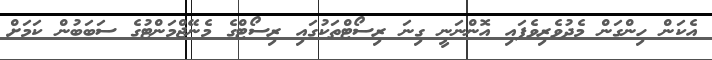
އެކަން ހިންގަން މެދުވެރިވެފައި އޮންނަނީ ގިނަ ރިސޯޓްތަކުގައި ރިސޯޓްގެ މެނޭޖްމަންޓުގެ ސަބަބުން ކަމަށް